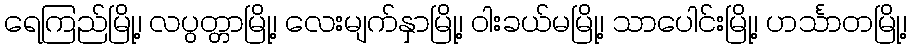
ရေကြည်မြို့၊ လပွတ္တာမြို့၊ လေးမျက်နှာမြို့၊ ဝါးခယ်မမြို့၊ သာပေါင်းမြို့၊ ဟင်္သာတမြို့၊